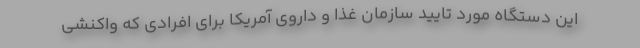
این دستگاه مورد تایید سازمان غذا و داروی آمریکا برای افرادی که واکنشی